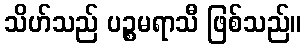
သိဟ်သည် ပဉ္စမရာသီ ဖြစ်သည်။